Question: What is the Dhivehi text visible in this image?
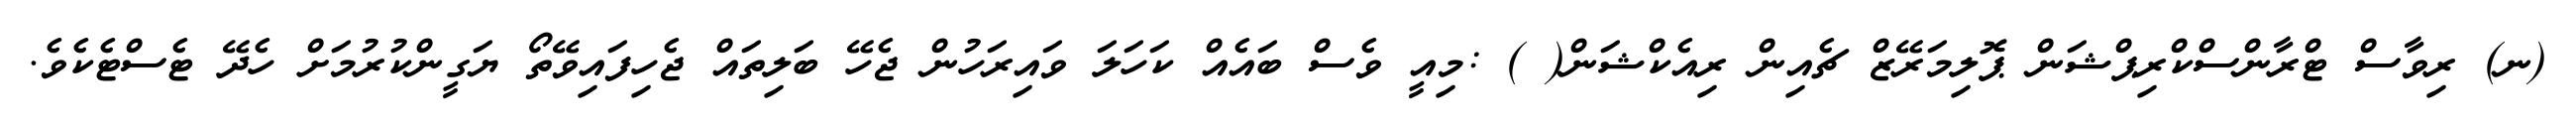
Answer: (ނ) ރިވާސް ޓްރާންސްކްރިޕްޝަން ޕޮލިމަރޭޒް ޗެއިން ރިއެކްޝަން( ) :މިއީ ވެސް ބައެއް ކަހަލަ ވައިރަހުން ޖެހޭ ބަލިތައް ޖެހިފައިވޭތޯ ޔަގީންކުރުމަށް ހެދޭ ޓެސްޓެކެވެ.